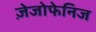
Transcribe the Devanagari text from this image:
ज़ेजोफेनिज